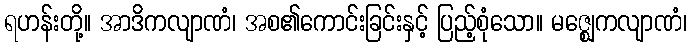
ရဟန်းတို့။ အာဒိကလျာဏံ၊ အစ၏ကောင်းခြင်းနှင့် ပြည့်စုံသော။ မဇ္ဈေကလျာဏံ၊